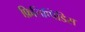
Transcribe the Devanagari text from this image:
फ़िलिप्पिडिस